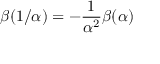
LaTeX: \beta ( 1 / \alpha ) = - \frac { 1 } { \alpha ^ { 2 } } \beta ( \alpha )